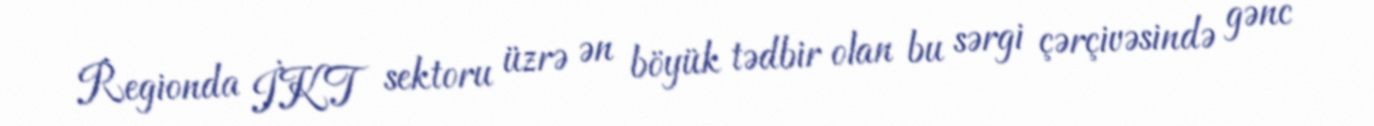
Regionda İKT sektoru üzrə ən böyük tədbir olan bu sərgi çərçivəsində gənc